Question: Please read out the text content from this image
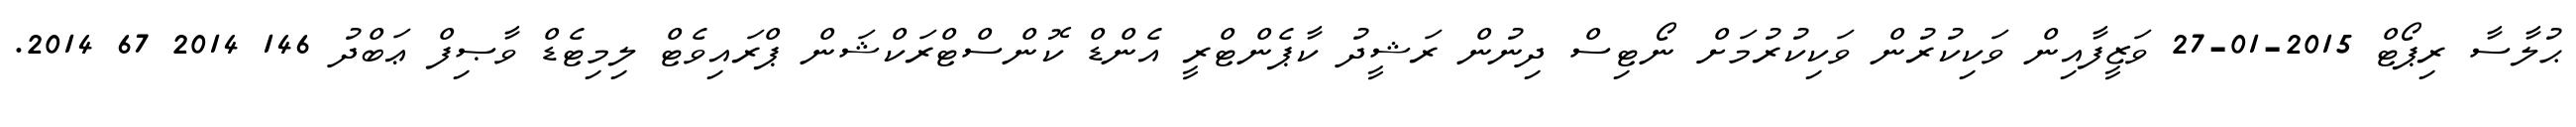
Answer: ޙުލާސާ ރިޕޯޓް 2015-01-27 ވަޒީފާއިން ވަކިކުރުން ވަކިކުރުމަށް ނޯޓިސް ދިނުން ރަޝީދު ކާޕެންޓްރީ އެންޑް ކޮންސްޓްރަކްޝަން ޕްރައިވެޓް ލިމިޓެޑް ވާޞިފް ޢަބްދު 146 2014 67 2014.